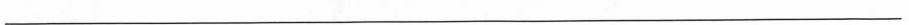
___